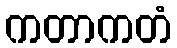
ကတာကတံ